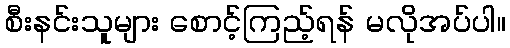
စီးနင်းသူများ စောင့်ကြည့်ရန် မလိုအပ်ပါ။